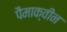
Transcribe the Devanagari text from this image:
पैमाक्वीन